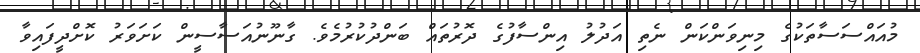
މުއައްސަސާތަކުގެ މިނިވަންކަން ނެތި އަދުލު އިންސާފުގެ ދޮރުތައް ބަންދުކުރުމެވެ. ގާނޫނުއަސާސީން ކަށަވަރު ކޮށްދީފައިވާ